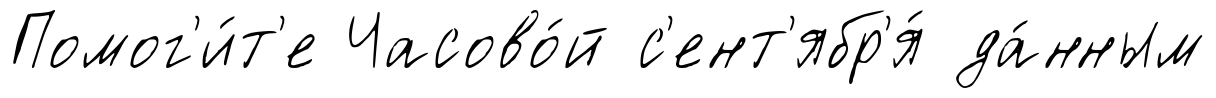
Помог'и́т'е Часово́й с'ент'ябр'я́ да́нным